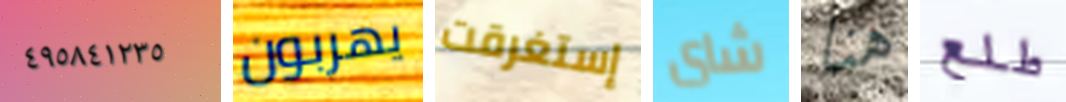
٤٩٥٨٤١٢٣٥ يهربون إستغرقت شاى هنا طلع